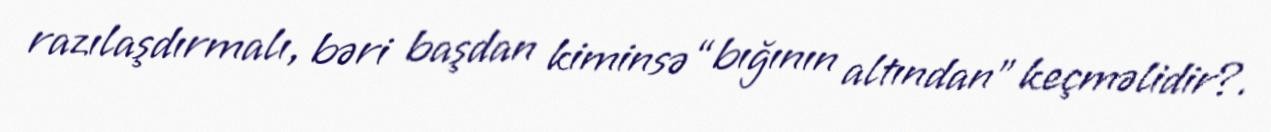
razılaşdırmalı, bəri başdan kiminsə “bığının altından” keçməlidir?.